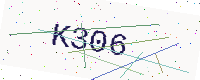
Text: K306